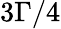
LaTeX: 3\Gamma/4